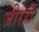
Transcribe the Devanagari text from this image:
जीरेही